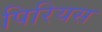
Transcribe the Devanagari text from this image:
पिरियस